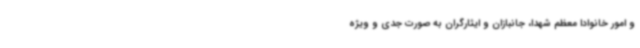
و امور خانوادا معظم شهدا، جانبازان و ایثارگران به صورت جدی و ویژه